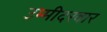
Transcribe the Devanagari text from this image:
उम्मीदरवार